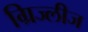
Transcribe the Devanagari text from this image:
ग्रिज्लीज